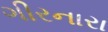
ગીરનારા